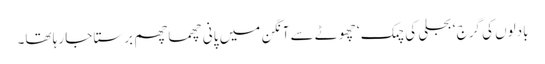
بادلوں کی گرج ‘ بجلی کی چمک ‘ چھوٹے سے آنگن میں پانی چھما چھم برستا جا رہا تھا۔